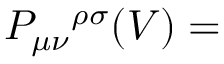
{ \cal P } _ { \mu \nu } { } ^ { \rho \sigma } ( V ) =